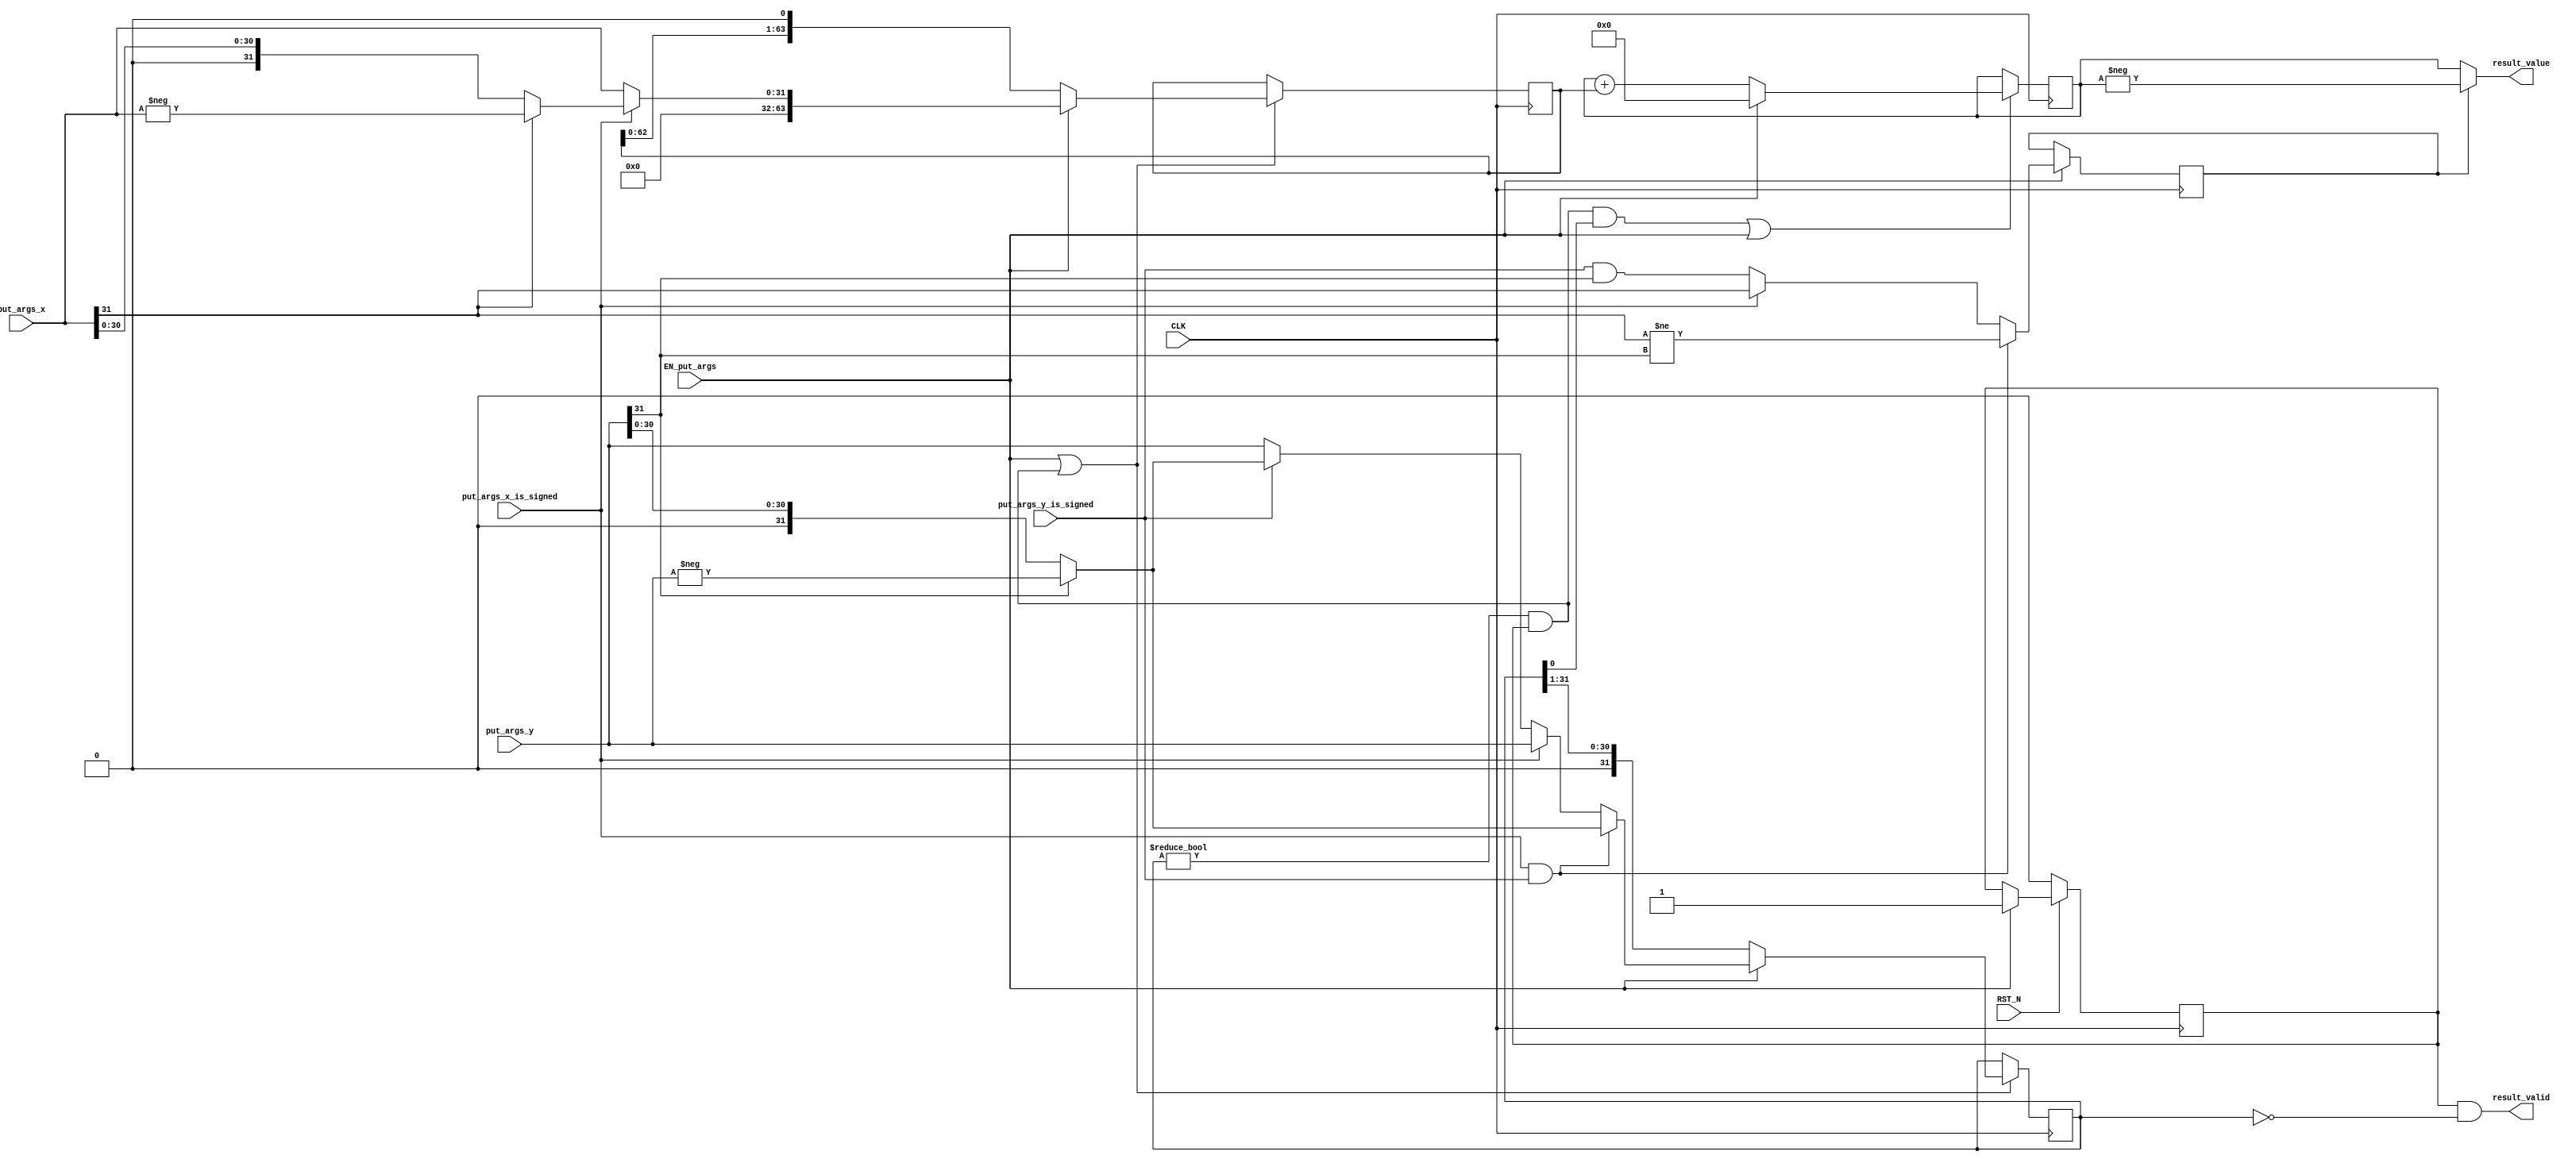
//
// Generated by Bluespec Compiler, version 2018.10.beta1 (build e1df8052c, 2018-10-17)
//
//
//
//
// Ports:
// Name                         I/O  size props
// result_valid                   O     1
// result_value                   O    64
// CLK                            I     1 clock
// RST_N                          I     1 reset
// put_args_x_is_signed           I     1
// put_args_x                     I    32
// put_args_y_is_signed           I     1
// put_args_y                     I    32
// EN_put_args                    I     1
//
// No combinational paths from inputs to outputs
//
//

`ifdef BSV_ASSIGNMENT_DELAY
`else
  `define BSV_ASSIGNMENT_DELAY
`endif

`ifdef BSV_POSITIVE_RESET
  `define BSV_RESET_VALUE 1'b1
  `define BSV_RESET_EDGE posedge
`else
  `define BSV_RESET_VALUE 1'b0
  `define BSV_RESET_EDGE negedge
`endif

module mkIntMul_32(CLK,
		   RST_N,

		   put_args_x_is_signed,
		   put_args_x,
		   put_args_y_is_signed,
		   put_args_y,
		   EN_put_args,

		   result_valid,

		   result_value);
  input  CLK;
  input  RST_N;

  // action method put_args
  input  put_args_x_is_signed;
  input  [31 : 0] put_args_x;
  input  put_args_y_is_signed;
  input  [31 : 0] put_args_y;
  input  EN_put_args;

  // value method result_valid
  output result_valid;

  // value method result_value
  output [63 : 0] result_value;

  // signals for module outputs
  wire [63 : 0] result_value;
  wire result_valid;

  // register m_rg_isNeg
  reg m_rg_isNeg;
  wire m_rg_isNeg$D_IN, m_rg_isNeg$EN;

  // register m_rg_signed
  reg m_rg_signed;
  wire m_rg_signed$D_IN, m_rg_signed$EN;

  // register m_rg_state
  reg m_rg_state;
  wire m_rg_state$D_IN, m_rg_state$EN;

  // register m_rg_x
  reg [63 : 0] m_rg_x;
  wire [63 : 0] m_rg_x$D_IN;
  wire m_rg_x$EN;

  // register m_rg_xy
  reg [63 : 0] m_rg_xy;
  wire [63 : 0] m_rg_xy$D_IN;
  wire m_rg_xy$EN;

  // register m_rg_y
  reg [31 : 0] m_rg_y;
  wire [31 : 0] m_rg_y$D_IN;
  wire m_rg_y$EN;

  // rule scheduling signals
  wire CAN_FIRE_RL_m_compute,
       CAN_FIRE_put_args,
       WILL_FIRE_RL_m_compute,
       WILL_FIRE_put_args;

  // inputs to muxes for submodule ports
  wire [63 : 0] MUX_m_rg_x$write_1__VAL_1,
		MUX_m_rg_x$write_1__VAL_2,
		MUX_m_rg_xy$write_1__VAL_2;
  wire [31 : 0] MUX_m_rg_y$write_1__VAL_1, MUX_m_rg_y$write_1__VAL_2;

  // remaining internal signals
  wire [63 : 0] xy___1__h654;
  wire [31 : 0] _theResult___fst__h491,
		_theResult___fst__h494,
		_theResult___fst__h536,
		_theResult___fst__h539,
		_theResult___snd_fst__h531;
  wire IF_put_args_x_is_signed_THEN_put_args_x_BIT_31_ETC___d29;

  // action method put_args
  assign CAN_FIRE_put_args = 1'd1 ;
  assign WILL_FIRE_put_args = EN_put_args ;

  // value method result_valid
  assign result_valid = m_rg_state && m_rg_y == 32'd0 ;

  // value method result_value
  assign result_value = m_rg_isNeg ? xy___1__h654 : m_rg_xy ;

  // rule RL_m_compute
  assign CAN_FIRE_RL_m_compute = m_rg_y != 32'd0 && m_rg_state ;
  assign WILL_FIRE_RL_m_compute = CAN_FIRE_RL_m_compute ;

  // inputs to muxes for submodule ports
  assign MUX_m_rg_x$write_1__VAL_1 = { 32'd0, _theResult___fst__h491 } ;
  assign MUX_m_rg_x$write_1__VAL_2 = { m_rg_x[62:0], 1'd0 } ;
  assign MUX_m_rg_xy$write_1__VAL_2 = m_rg_xy + m_rg_x ;
  assign MUX_m_rg_y$write_1__VAL_1 =
	     (put_args_x_is_signed && put_args_y_is_signed) ?
	       _theResult___fst__h539 :
	       _theResult___snd_fst__h531 ;
  assign MUX_m_rg_y$write_1__VAL_2 = { 1'd0, m_rg_y[31:1] } ;

  // register m_rg_isNeg
  assign m_rg_isNeg$D_IN =
	     (put_args_x_is_signed && put_args_y_is_signed) ?
	       put_args_x[31] != put_args_y[31] :
	       IF_put_args_x_is_signed_THEN_put_args_x_BIT_31_ETC___d29 ;
  assign m_rg_isNeg$EN = EN_put_args ;

  // register m_rg_signed
  assign m_rg_signed$D_IN = 1'b0 ;
  assign m_rg_signed$EN = 1'b0 ;

  // register m_rg_state
  assign m_rg_state$D_IN = 1'd1 ;
  assign m_rg_state$EN = EN_put_args ;

  // register m_rg_x
  assign m_rg_x$D_IN =
	     EN_put_args ?
	       MUX_m_rg_x$write_1__VAL_1 :
	       MUX_m_rg_x$write_1__VAL_2 ;
  assign m_rg_x$EN = EN_put_args || WILL_FIRE_RL_m_compute ;

  // register m_rg_xy
  assign m_rg_xy$D_IN = EN_put_args ? 64'd0 : MUX_m_rg_xy$write_1__VAL_2 ;
  assign m_rg_xy$EN = WILL_FIRE_RL_m_compute && m_rg_y[0] || EN_put_args ;

  // register m_rg_y
  assign m_rg_y$D_IN =
	     EN_put_args ?
	       MUX_m_rg_y$write_1__VAL_1 :
	       MUX_m_rg_y$write_1__VAL_2 ;
  assign m_rg_y$EN = WILL_FIRE_RL_m_compute || EN_put_args ;

  // remaining internal signals
  assign IF_put_args_x_is_signed_THEN_put_args_x_BIT_31_ETC___d29 =
	     put_args_x_is_signed ?
	       put_args_x[31] :
	       put_args_y_is_signed && put_args_y[31] ;
  assign _theResult___fst__h491 =
	     put_args_x_is_signed ? _theResult___fst__h494 : put_args_x ;
  assign _theResult___fst__h494 = put_args_x[31] ? -put_args_x : put_args_x ;
  assign _theResult___fst__h536 =
	     put_args_y_is_signed ? _theResult___fst__h539 : put_args_y ;
  assign _theResult___fst__h539 = put_args_y[31] ? -put_args_y : put_args_y ;
  assign _theResult___snd_fst__h531 =
	     put_args_x_is_signed ? put_args_y : _theResult___fst__h536 ;
  assign xy___1__h654 = -m_rg_xy ;

  // handling of inlined registers

  always@(posedge CLK)
  begin
    if (RST_N == `BSV_RESET_VALUE)
      begin
        m_rg_state <= `BSV_ASSIGNMENT_DELAY 1'd0;
      end
    else
      begin
        if (m_rg_state$EN)
	  m_rg_state <= `BSV_ASSIGNMENT_DELAY m_rg_state$D_IN;
      end
    if (m_rg_isNeg$EN) m_rg_isNeg <= `BSV_ASSIGNMENT_DELAY m_rg_isNeg$D_IN;
    if (m_rg_signed$EN) m_rg_signed <= `BSV_ASSIGNMENT_DELAY m_rg_signed$D_IN;
    if (m_rg_x$EN) m_rg_x <= `BSV_ASSIGNMENT_DELAY m_rg_x$D_IN;
    if (m_rg_xy$EN) m_rg_xy <= `BSV_ASSIGNMENT_DELAY m_rg_xy$D_IN;
    if (m_rg_y$EN) m_rg_y <= `BSV_ASSIGNMENT_DELAY m_rg_y$D_IN;
  end

  // synopsys translate_off
  `ifdef BSV_NO_INITIAL_BLOCKS
  `else // not BSV_NO_INITIAL_BLOCKS
  initial
  begin
    m_rg_isNeg = 1'h0;
    m_rg_signed = 1'h0;
    m_rg_state = 1'h0;
    m_rg_x = 64'hAAAAAAAAAAAAAAAA;
    m_rg_xy = 64'hAAAAAAAAAAAAAAAA;
    m_rg_y = 32'hAAAAAAAA;
  end
  `endif // BSV_NO_INITIAL_BLOCKS
  // synopsys translate_on
endmodule  // mkIntMul_32